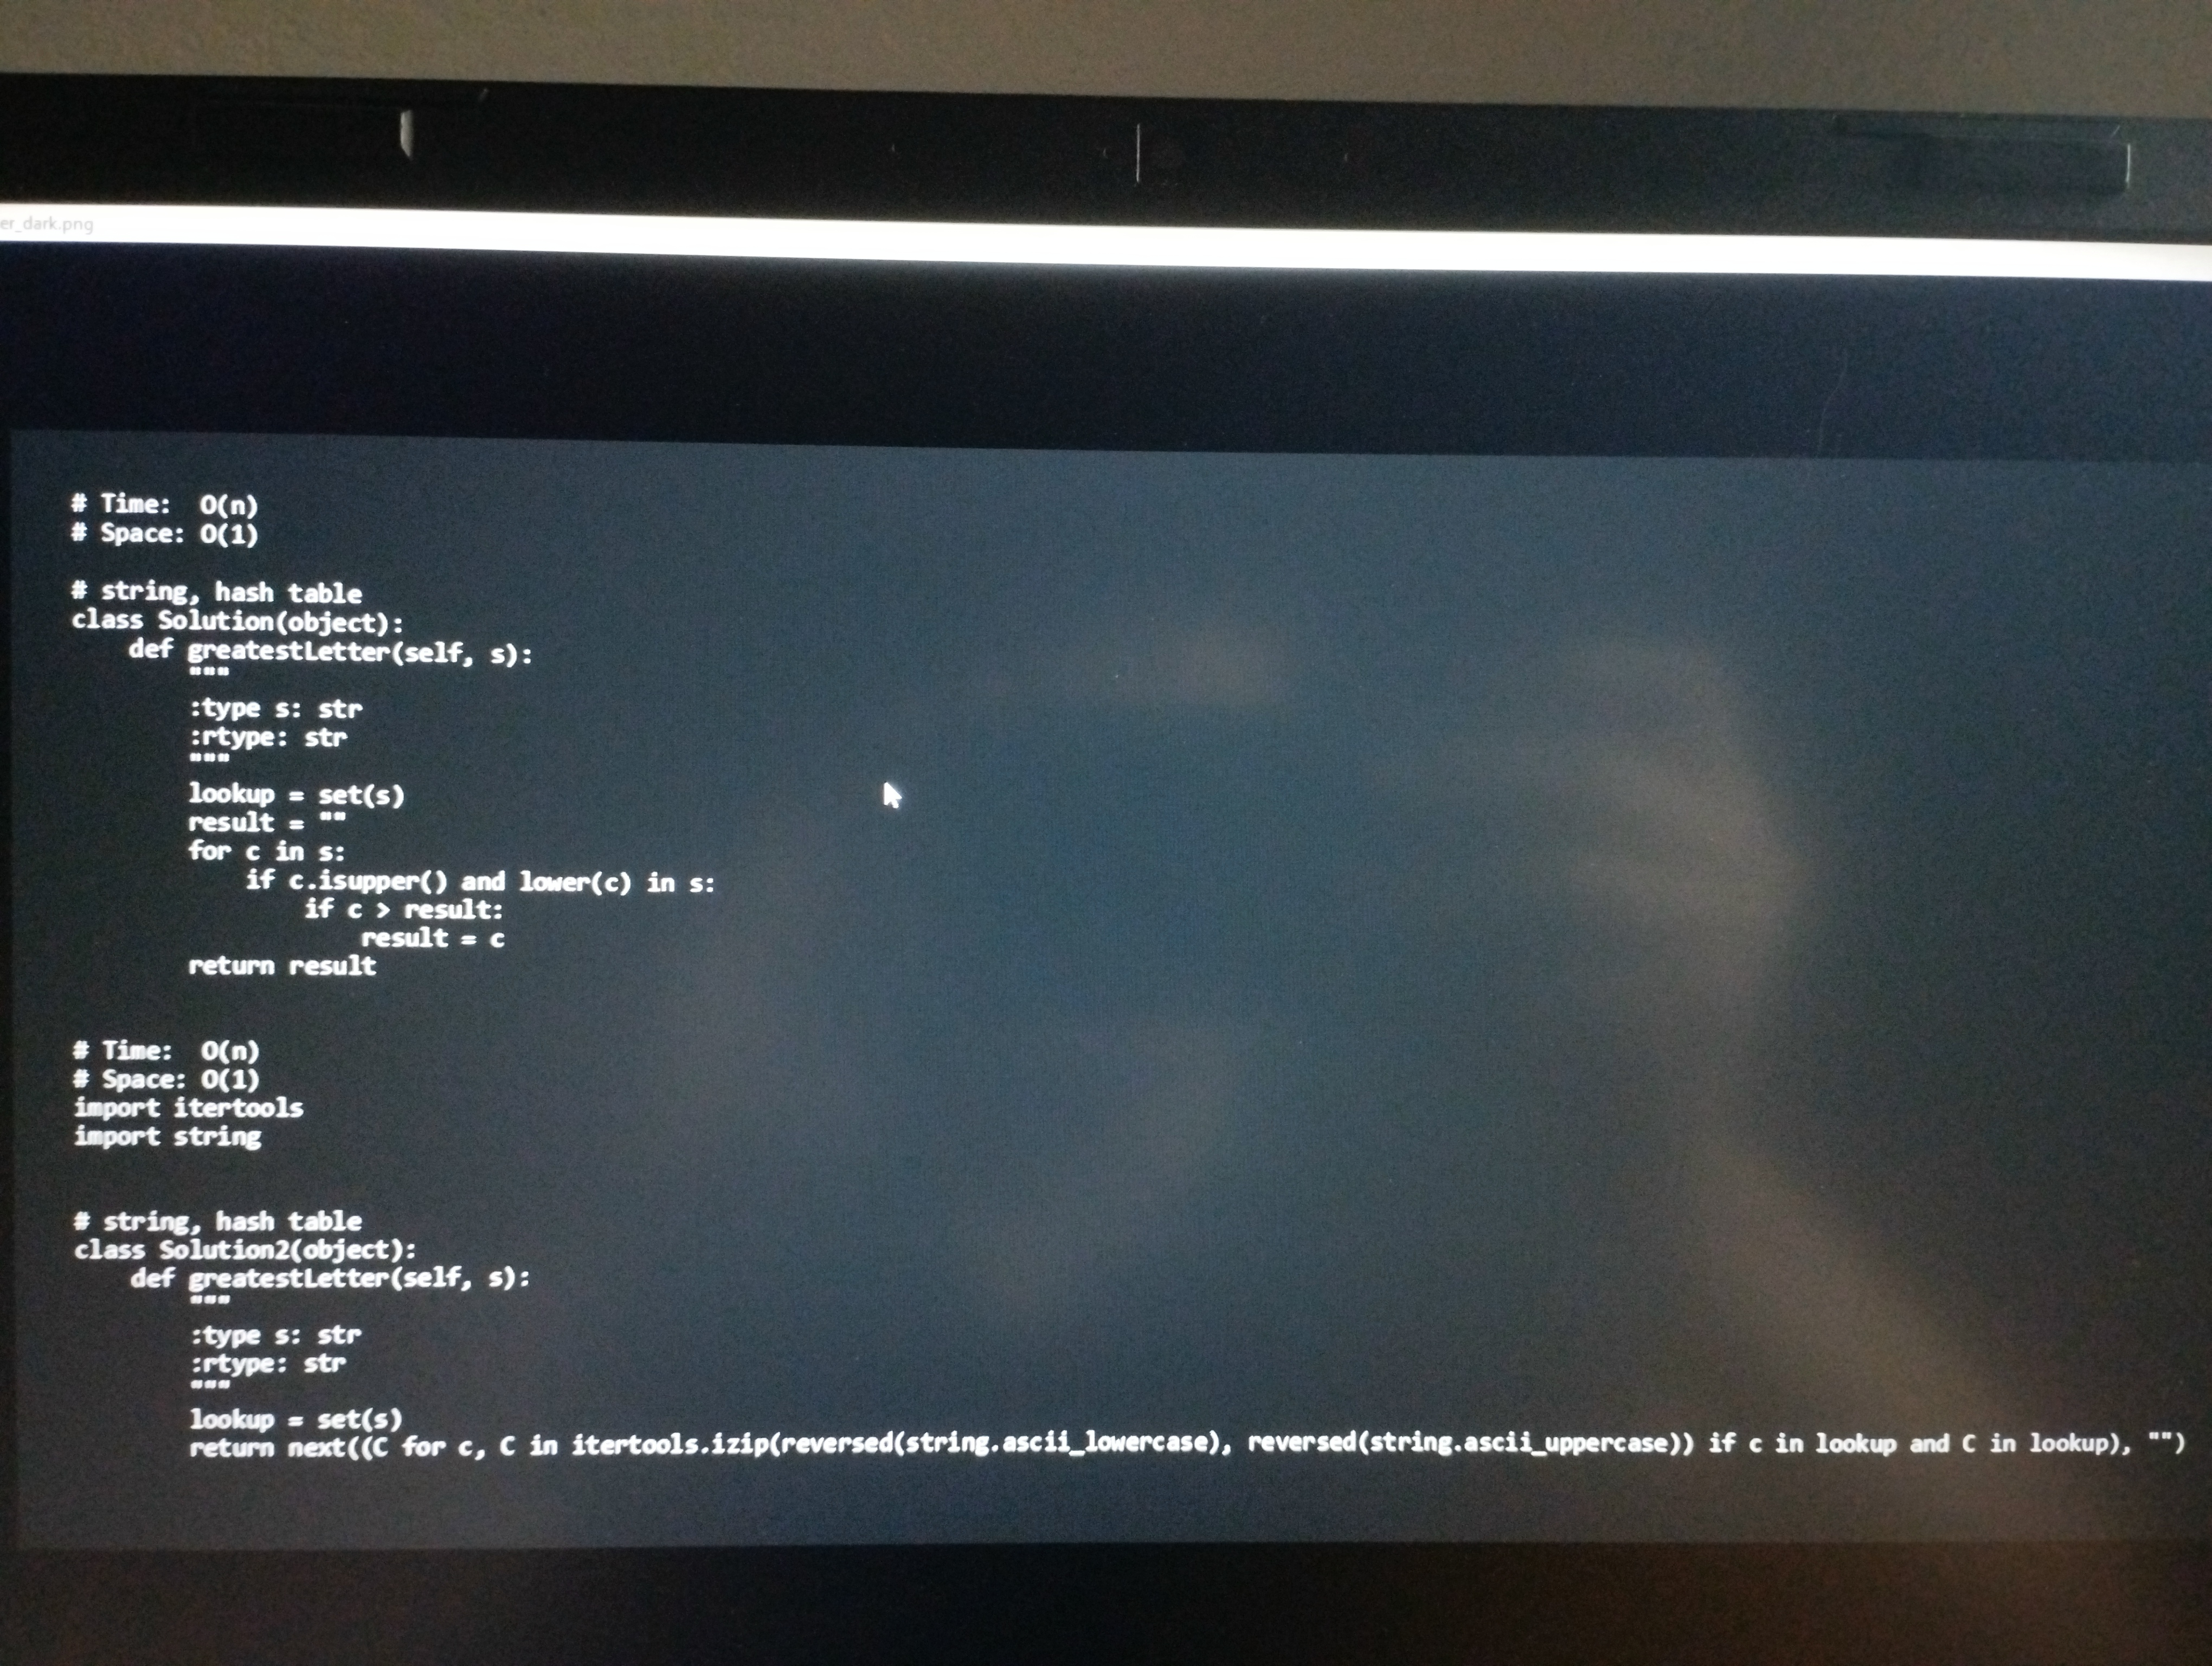
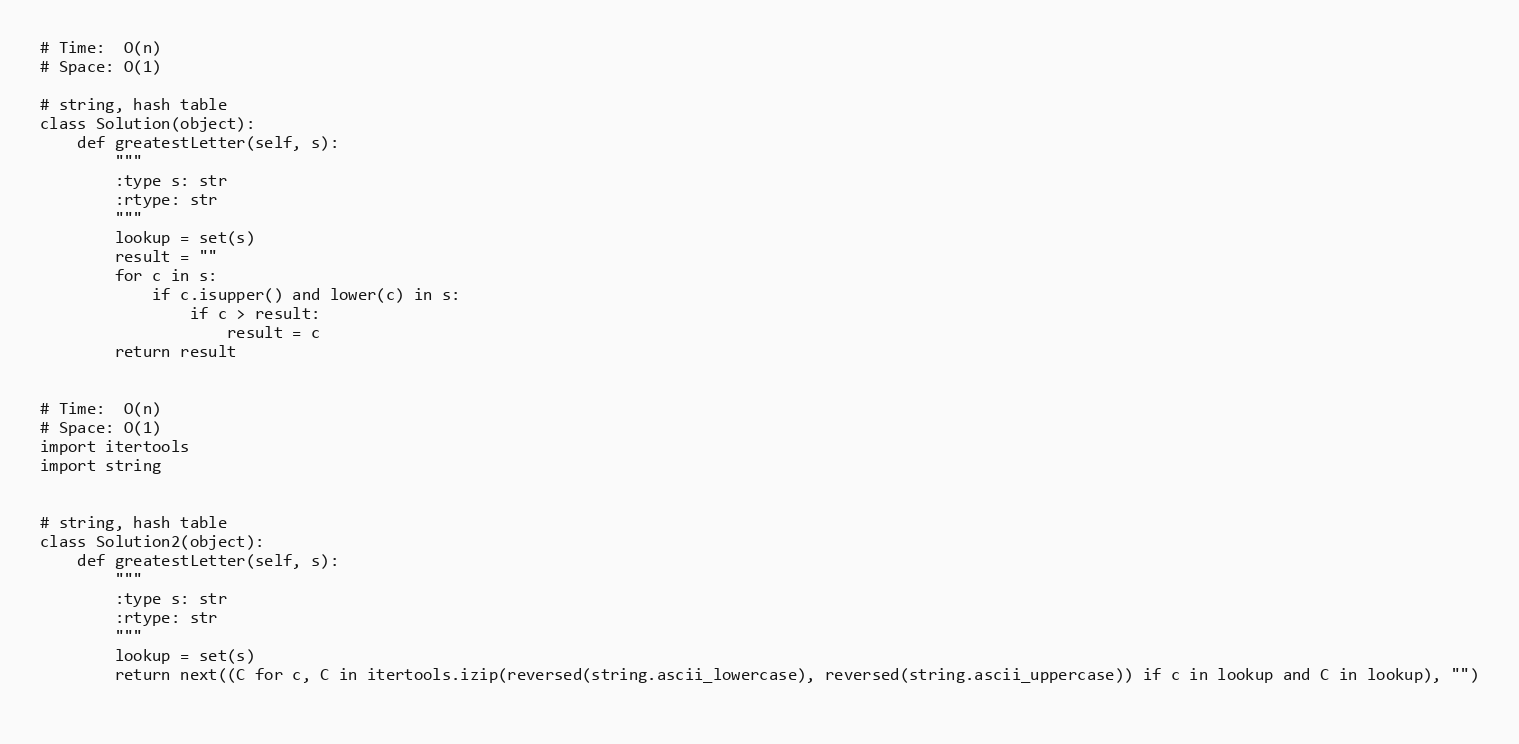
# Time:  O(n)
# Space: O(1)

# string, hash table
class Solution(object):
    def greatestLetter(self, s):
        """
        :type s: str
        :rtype: str
        """
        lookup = set(s)
        result = ""
        for c in s:
            if c.isupper() and lower(c) in s:
                if c > result:
                    result = c
        return result

# Time:  O(n)
# Space: O(1)
import itertools
import string

# string, hash table
class Solution2(object):
    def greatestLetter(self, s):
        """
        :type s: str
        :rtype: str
        """
        lookup = set(s)
        return next((C for c, C in itertools.izip(reversed(string.ascii_lowercase), reversed(string.ascii_uppercase)) if c in lookup and C in lookup), "")